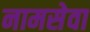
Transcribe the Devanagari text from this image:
नामसेवा